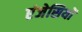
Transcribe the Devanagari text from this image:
एंजेसियों